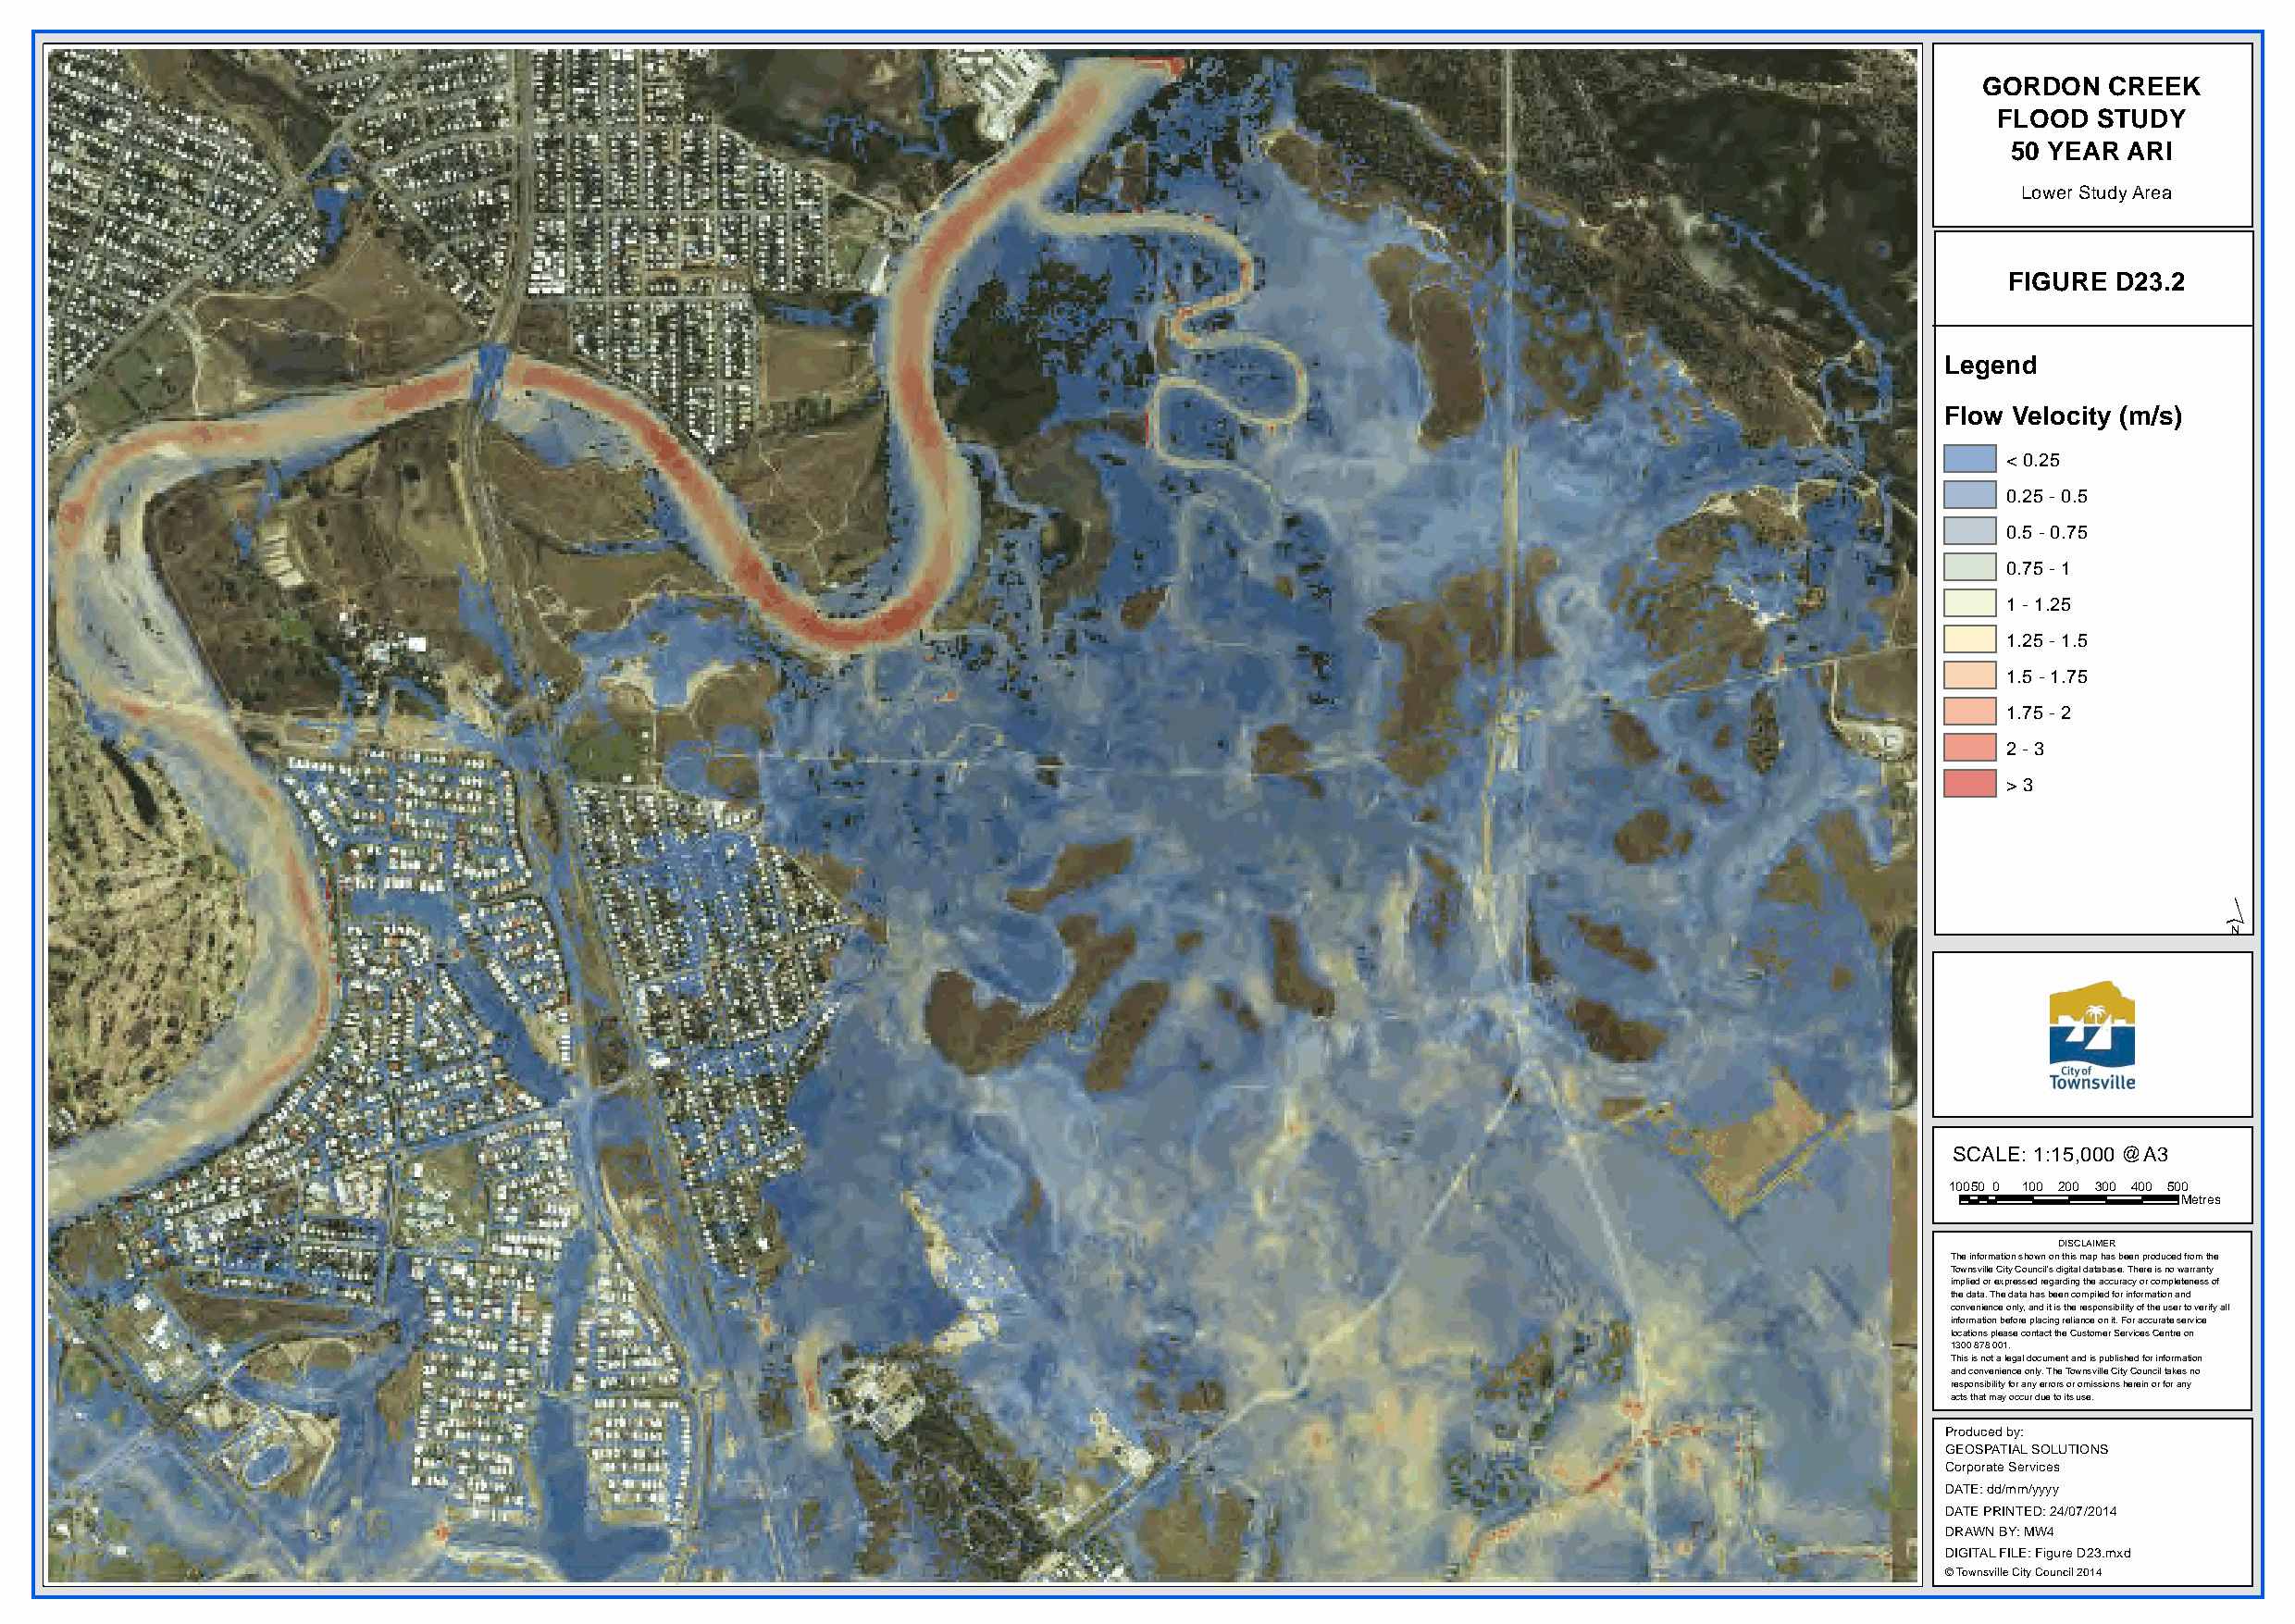
GORDON   CREEK
 FLOOD  STUDY
 50 YEAR ARI
 Lower Study Area
 FIGURE D23.2
 Legend
 Flow Velocity (m/s)
 < 0.25
 0.25 - 0.5
 0.5 - 0.75
 0.75 - 1
 1 - 1.25
 1.25 - 1.5
 1.5 - 1.75
 1.75 - 2
 2 - 3
 > 3
 ´
 SCALE: 1:15,000 @A3
 10050 0 100 200 300 400 500
 Metres
 DISCLAIMER
 The information shown on this map has been produced from the
 Townsville City Council's digital database. There is no warranty
 implied or expressed regarding the accuracy or completeness of
 the data. The data has been compiled for information and
 convenience only, and it is the responsibility of the user to verify all
 information before placing reliance on it. For accurate service
 locations please contact the Customer Services Centre on
 1300 878 001.
 This is not a legal document and is published for information
 and convenience only. The Townsville City Council takes no
 responsibility for any errors or omissions herein or for any
 acts that may occur due to its use.
 Produced by:
 GEOSPATIAL SOLUTIONS
 Corporate Services
 DATE: dd/mm/yyyy
 DATE PRINTED: 24/07/2014
 DRAWN BY: MW4
 DIGITAL FILE: Figure D23.mxd
 © Townsville City Council 2014